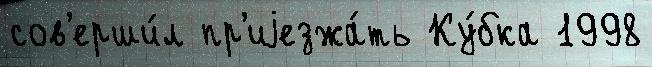
сов'ерши́л пр'иjезжа́ть Ку́бка 1998